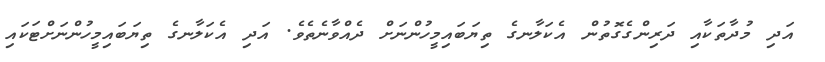
އަދި މުދާތަކާއި ދަރިންގެގޮތުން އެކަލާނގެ ތިޔަބައިމީހުންނަށް ދެއްވާނެތެވެ. އަދި އެކަލާނގެ ތިޔަބައިމީހުންނަށްޓަކައި